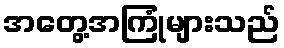
အတွေ့အကြုံများသည်